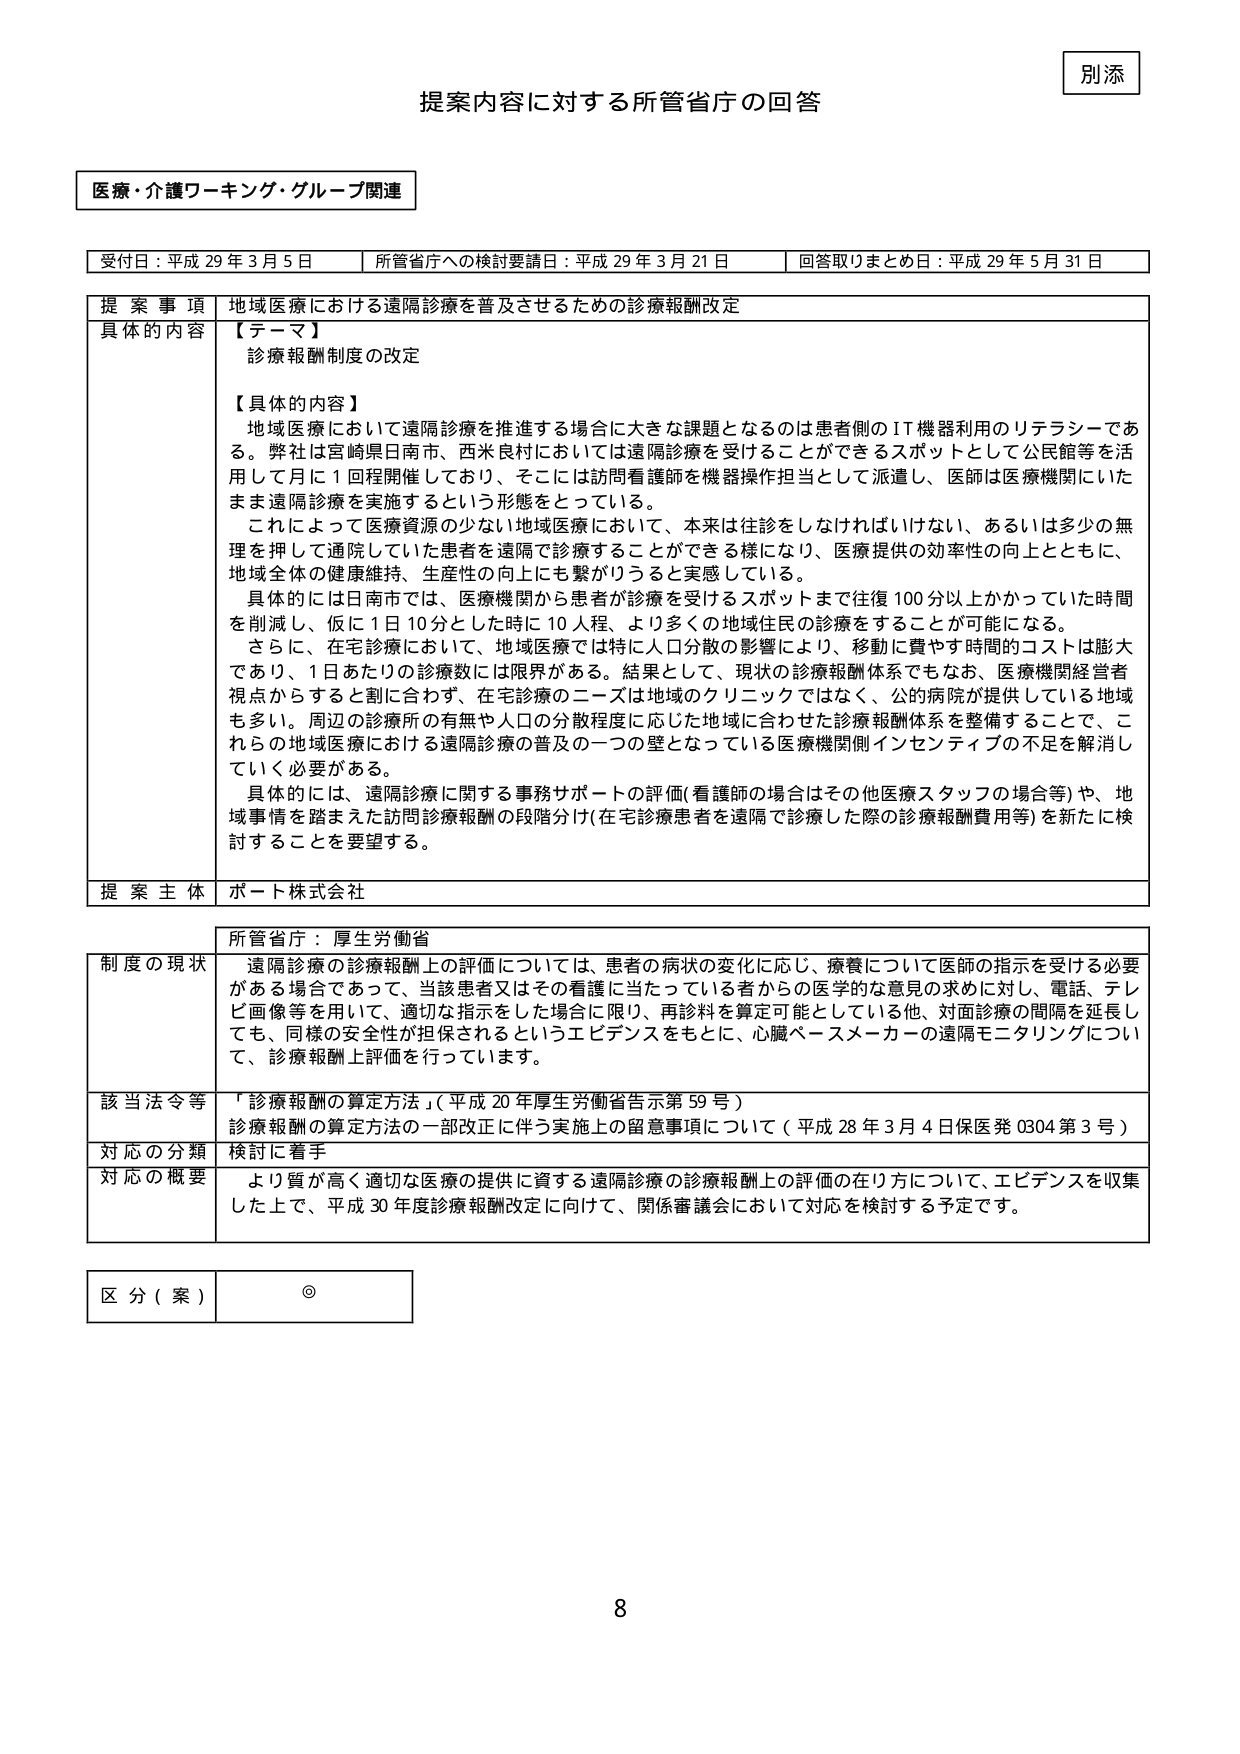
別添

提案内容に対する所管省庁の回答

医療・介護ワーキング・グループ関連

受付日：平成 29 年 3 月 5 日　　所管省庁への検討要請日：平成 29 年 3 月 21 日　　回答取りまとめ日：平成 29 年 5 月 31 日

提 案 事 項　地域医療における遠隔診療を普及させるための診療報酬改定

具体的 内容　【テーマ】
診療報酬制度の改定

【具体的内容】
地域医療において遠隔診療を推進する場合に大きな課題となるのは患者側のIT機器利用のリテラシーである。弊社は宮崎県日南市、西米良村においては遠隔診療を受けることができるスポットとして公民館等を活用して月に1回程開催しており、そこには訪問看護師を機器操作担当として派遣し、医師は医療機関にいたまま遠隔診療を実施するという形態をとっている。
これによって医療資源の少ない地域医療において、本来は往診をしなければいけない、あるいは多少の無理を押して通院していた患者を遠隔で診療することができる様になり、医療提供の効率性の向上とともに、地域全体の健康維持、生産性の向上にも繋がりうると実感している。
具体的には日南市では、医療機関から患者が診療を受けるスポットまで往復100分以上かかっていた時間を削減し、仮に1日10分とした時に10人程、より多くの地域住民の診療をすることが可能になる。
さらに、在宅診療において、地域医療では特に人口分散の影響により、移動に費やす時間的コストは膨大であり、1日あたりの診療数には限界がある。結果として、現状の診療報酬体系でもなお、医療機関経営者視点からすると割に合わず、在宅診療のニーズは地域のクリニックではなく、公的病院が提供している地域も多い。周辺の診療所の有無や人口の分散程度に応じた地域に合わせた診療報酬体系を整備することで、これらの地域医療における遠隔診療の普及の一つの壁となっている医療機関側インセンティブの不足を解消していく必要がある。
具体的には、遠隔診療に関する事務サポートの評価（看護師の場合はその他医療スタッフの場合等）や、地域事情を踏まえた訪問診療報酬の段階分け（在宅診療患者を遠隔で診療した際の診療報酬費用等）を新たに検討することを要望する。

提 案 主 体　ポート株式会社

所管省庁：厚生労働省

制度の現状　遠隔診療の診療報酬上の評価については、患者の病状の変化に応じ、療養について医師の指示を受ける必要がある場合であって、当該患者又はその看護に当たっている者からの医学的な意見の求めに対し、電話、テレビ画像等を用いて、適切な指示をした場合に限り、再診料を算定可能としている他、対面診療の間隔を延長しても、同様の安全性が担保されるというエビデンスをもとに、心臓ペースメーカーの遠隔モニタリングについて、診療報酬上評価を行っています。

該当法令等　「診療報酬の算定方法」（平成20年厚生労働省告示第59号）
診療報酬の算定方法の一部改正に伴う実施上の留意事項について（平成28年3月4日保医発0304第3号）

対応の分類　検討に着手

対応の概要　より質が高く適切な医療の提供に資する遠隔診療の診療報酬上の評価の在り方について、エビデンスを収集した上で、平成30年度診療報酬改定に向けて、関係審議会において対応を検討する予定です。

区 分（案）　◎

8